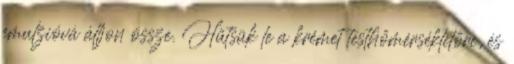
emulzióvá álljon össze. Hűtsük le a krémet testhőmérsékletőre, és